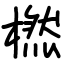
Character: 橪